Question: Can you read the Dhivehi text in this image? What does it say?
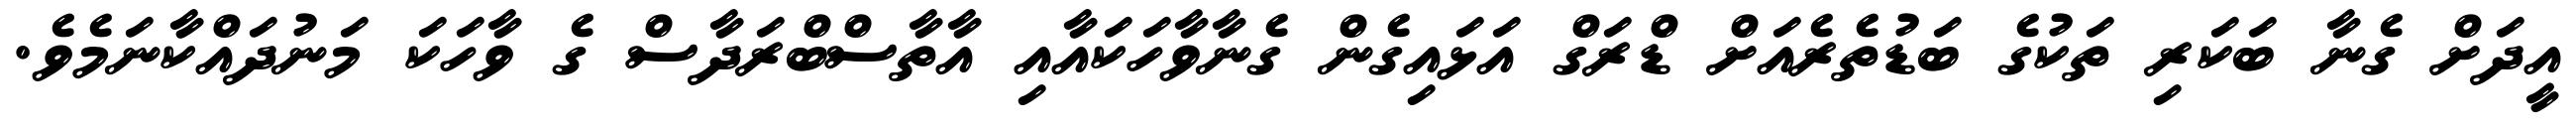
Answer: އީދަށް ގެނާ ބަކަރި ތަކުގެ ބަޑުތެރެއަށް ޑްރަގް އަޅައިގެން ގެނާވާހަކައާއި އާތާސްބްރަދާސް ގެ ވާހަކަ މަނުދައްކާނަމެވެ.